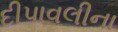
દીપાવલીના